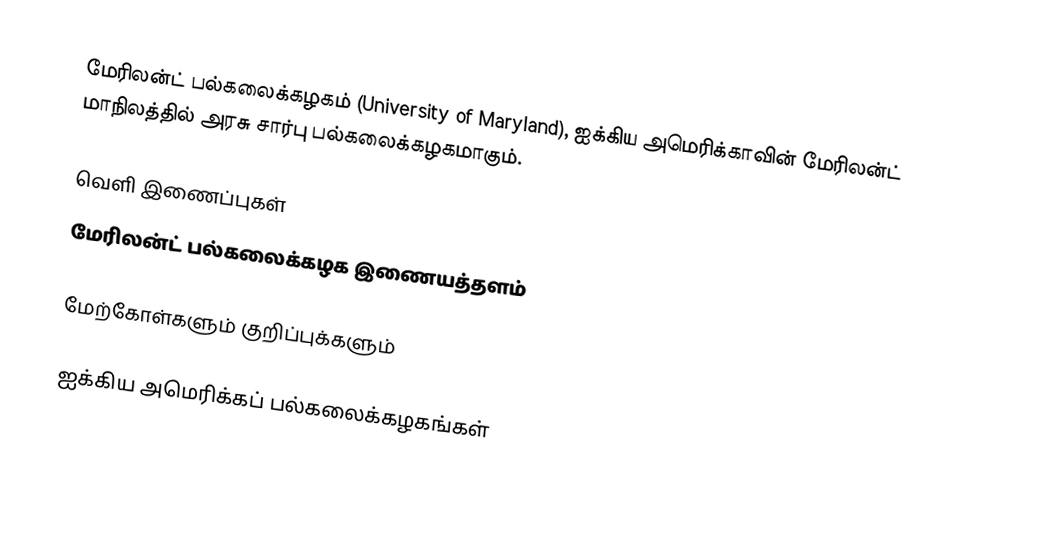
மேரிலன்ட் பல்கலைக்கழகம் (University of Maryland), ஐக்கிய அமெரிக்காவின் மேரிலன்ட் மாநிலத்தில் அரசு சார்பு பல்கலைக்கழகமாகும்.

வெளி இணைப்புகள்
 மேரிலன்ட் பல்கலைக்கழக இணையத்தளம்

மேற்கோள்களும் குறிப்புக்களும்

ஐக்கிய அமெரிக்கப் பல்கலைக்கழகங்கள்